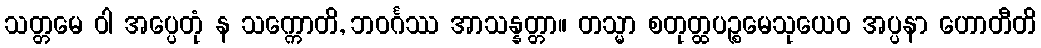
သတ္တမေ ဝါ အပ္ပေတုံ န သက္ကောတိ, ဘဝင်္ဂဿ အာသန္နတ္တာ။ တသ္မာ စတုတ္ထပဉ္စမေသုယေဝ အပ္ပနာ ဟောတီတိ